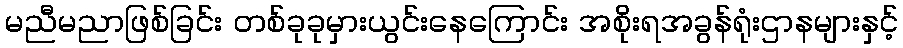
မညီမညာဖြစ်ခြင်း တစ်ခုခုမှားယွင်းနေကြောင်း အစိုးရအခွန်ရုံးဌာနများနှင့်